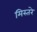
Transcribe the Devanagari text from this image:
मिस्तरे